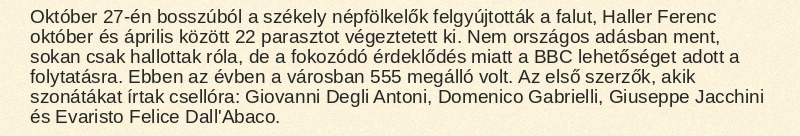
Október 27-én bosszúból a székely népfölkelők felgyújtották a falut, Haller Ferenc október és április között 22 parasztot végeztetett ki. Nem országos adásban ment, sokan csak hallottak róla, de a fokozódó érdeklődés miatt a BBC lehetőséget adott a folytatásra. Ebben az évben a városban 555 megálló volt. Az első szerzők, akik szonátákat írtak csellóra: Giovanni Degli Antoni, Domenico Gabrielli, Giuseppe Jacchini és Evaristo Felice Dall'Abaco.